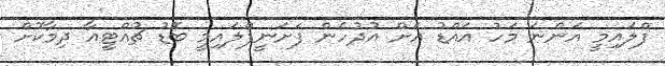
ފްލައިމީ އަންނަ މަހު އައްޑު އަށް އުދުހެން ފަށަނީފްލައިމީ ބޮޑު ޗުއްޓީއާ ދިމާކޮށް